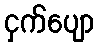
ငှက်ပျော